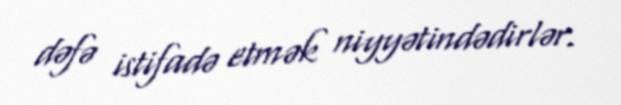
dəfə istifadə etmək niyyətindədirlər.